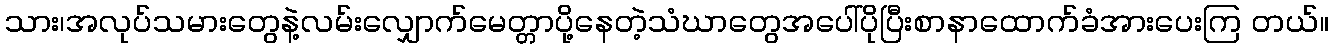
သား၊အလုပ်သမားတွေနဲ့လမ်းလျှောက်မေတ္တာပို့နေတဲ့သံဃာတွေအပေါ်ပိုပြီးစာနာထောက်ခံအားပေးကြ တယ်။